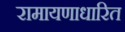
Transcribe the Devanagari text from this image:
रामायणाधारित